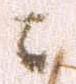
ニ